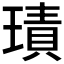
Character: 𱯝